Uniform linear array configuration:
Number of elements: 16
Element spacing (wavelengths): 1
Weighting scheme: binomial
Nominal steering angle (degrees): -45
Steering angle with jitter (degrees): -43.458
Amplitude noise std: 0.05
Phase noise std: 0.05

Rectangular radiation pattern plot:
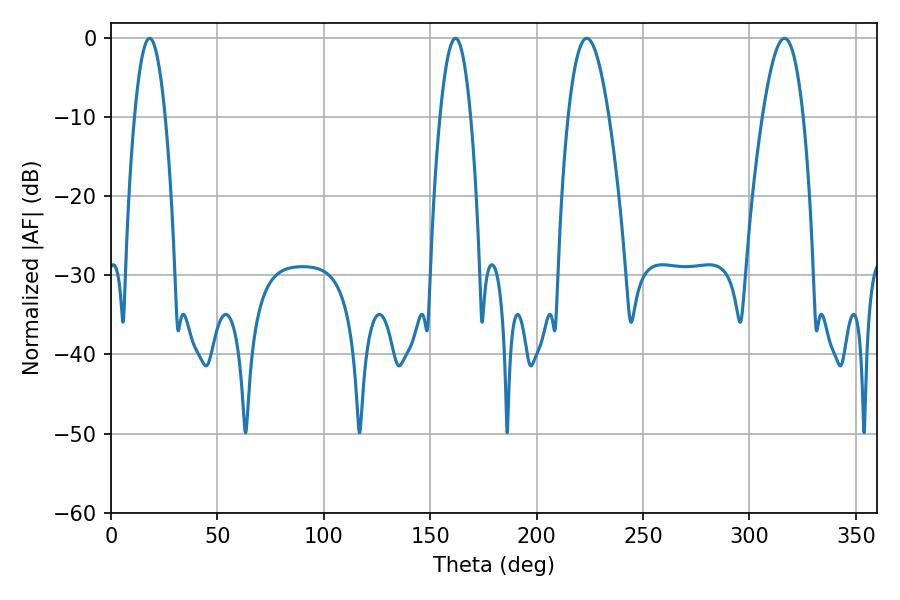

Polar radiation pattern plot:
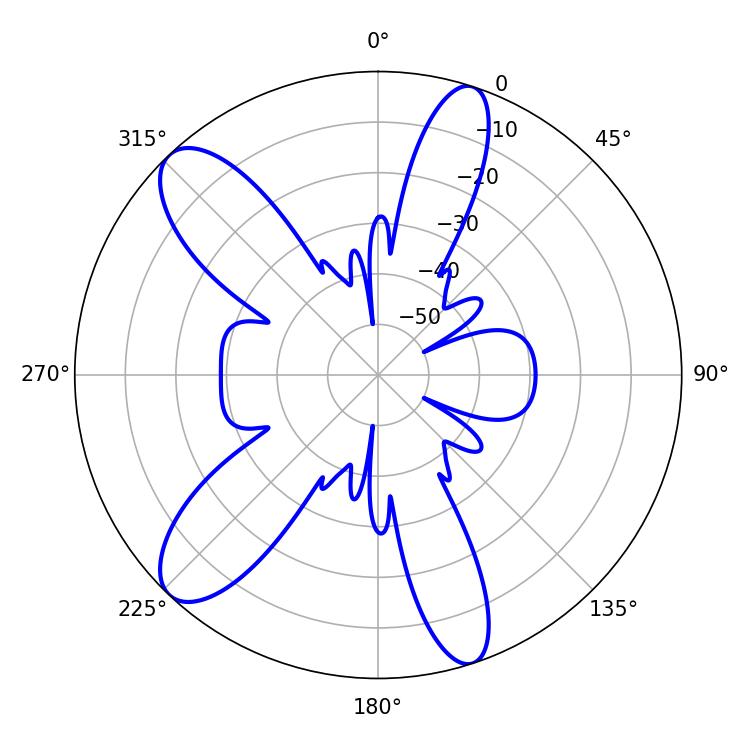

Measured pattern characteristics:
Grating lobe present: TRUE
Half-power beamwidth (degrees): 10.44
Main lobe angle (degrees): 223.56